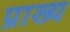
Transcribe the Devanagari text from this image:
प्राख्य